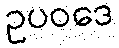
ဥပဝဒေ